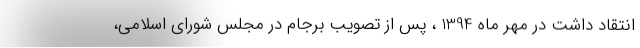
انتقاد داشت در مهر ماه 1394 ، پس از تصویب برجام در مجلس شورای اسلامی،